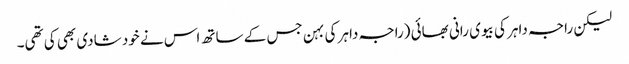
لیکن راجہ داہر کی بیوی رانی بھائی (راجہ داہر کی بہن جس کے ساتھ اس نے خود شادی بھی کی تھی۔